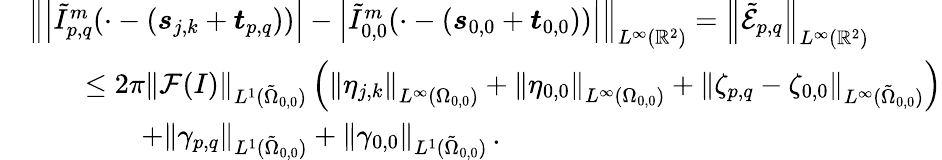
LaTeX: \begin{array}{rl}&{\left\| \left\vert\tilde{I}_{p,q}^{m}(\cdot-\left(\boldsymbol{s}_{j,k}+\boldsymbol{t}_{p,q}\right))\right\vert-\left\vert\tilde{I}_{0,0}^{m}(\cdot-\left(\boldsymbol{s}_{0,0}+\boldsymbol{t}_{0,0}\right))\right\vert\right\| _{{L^{\infty}(\mathbb{R}^{2})}}=\left\| \tilde{\mathcal{E}}_{p,q}\right\| _{{L^{\infty}(\mathbb{R}^{2})}}}\\ &{\qquad\leq 2\pi\left\| \mathcal{F}(I)\right\| _{L^{1}(\tilde{\Omega}_{0,0})}\left(\left\| \eta_{j,k}\right\| _{L^{\infty}(\Omega_{0,0})}+\left\| \eta_{0,0}\right\| _{L^{\infty}(\Omega_{0,0})}+\left\| \zeta_{p,q}-\zeta_{0,0}\right\| _{L^{\infty}(\tilde{\Omega}_{0,0})}\right)}\\ &{\qquad\qquad+\left\| \gamma_{p,q}\right\| _{L^{1}(\tilde{\Omega}_{0,0})}+\left\| \gamma_{0,0}\right\| _{L^{1}(\tilde{\Omega}_{0,0})}\, .}\end{array}